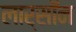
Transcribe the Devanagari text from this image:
लार्सॉन